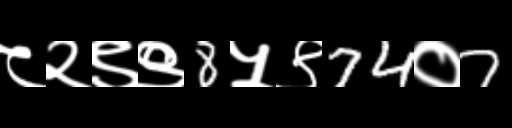
Text: ८२९९8५९74०7